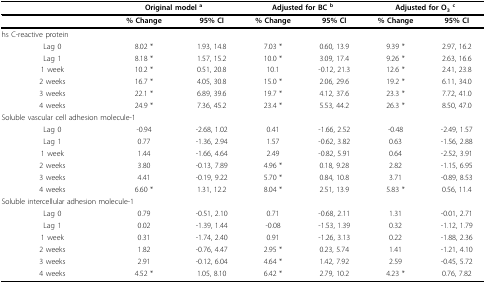
<table><thead><tr><td></td><td colspan="2"><b>Original model <sup>a</sup></b></td><td colspan="2"><b>Adjusted for BC <sup>b</sup></b></td><td colspan="2"><b>Adjusted for O<sub>3 </sub><sup>c</sup></b></td></tr></thead><tbody><tr><td></td><td><b>% Change</b></td><td><b>95% CI</b></td><td><b>% Change</b></td><td><b>95% CI</b></td><td><b>% Change</b></td><td><b>95% CI</b></td></tr><tr><td>hs C-reactive protein</td><td></td><td></td><td></td><td></td><td></td><td></td></tr><tr><td>Lag 0</td><td>8.02 *</td><td>1.93, 14.8</td><td>7.03 *</td><td>0.60, 13.9</td><td>9.39 *</td><td>2.97, 16.2</td></tr><tr><td>Lag 1</td><td>8.18 *</td><td>1.57, 15.2</td><td>10.0 *</td><td>3.09, 17.4</td><td>9.26 *</td><td>2.63, 16.6</td></tr><tr><td>1 week</td><td>10.2 *</td><td>0.51, 20.8</td><td>10.1</td><td>-0.12, 21.3</td><td>12.6 *</td><td>2.41, 23.8</td></tr><tr><td>2 weeks</td><td>16.7 *</td><td>4.05, 30.8</td><td>15.0 *</td><td>2.06, 29.6</td><td>19.2 *</td><td>6.11, 34.0</td></tr><tr><td>3 weeks</td><td>22.1 *</td><td>6.89, 39.6</td><td>19.7 *</td><td>4.12, 37.6</td><td>23.3 *</td><td>7.72, 41.0</td></tr><tr><td>4 weeks</td><td>24.9 *</td><td>7.36, 45.2</td><td>23.4 *</td><td>5.53, 44.2</td><td>26.3 *</td><td>8.50, 47.0</td></tr><tr><td colspan="2">Soluble vascular cell adhesion molecule-1</td><td></td><td></td><td></td><td></td><td></td></tr><tr><td>Lag 0</td><td>-0.94</td><td>-2.68, 1.02</td><td>0.41</td><td>-1.66, 2.52</td><td>-0.48</td><td>-2.49, 1.57</td></tr><tr><td>Lag 1</td><td>0.77</td><td>-1.36, 2.94</td><td>1.57</td><td>-0.62, 3.82</td><td>0.63</td><td>-1.56, 2.88</td></tr><tr><td>1 week</td><td>1.44</td><td>-1.66, 4.64</td><td>2.49</td><td>-0.82, 5.91</td><td>0.64</td><td>-2.52, 3.91</td></tr><tr><td>2 weeks</td><td>3.80</td><td>-0.13, 7.89</td><td>4.96 *</td><td>0.18, 9.28</td><td>2.82</td><td>-1.15, 6.95</td></tr><tr><td>3 weeks</td><td>4.41</td><td>-0.19, 9.22</td><td>5.70 *</td><td>0.84, 10.8</td><td>3.71</td><td>-0.89, 8.53</td></tr><tr><td>4 weeks</td><td>6.60 *</td><td>1.31, 12.2</td><td>8.04 *</td><td>2.51, 13.9</td><td>5.83 *</td><td>0.56, 11.4</td></tr><tr><td colspan="2">Soluble intercellular adhesion molecule-1</td><td></td><td></td><td></td><td></td><td></td></tr><tr><td>Lag 0</td><td>0.79</td><td>-0.51, 2.10</td><td>0.71</td><td>-0.68, 2.11</td><td>1.31</td><td>-0.01, 2.71</td></tr><tr><td>Lag 1</td><td>0.02</td><td>-1.39, 1.44</td><td>-0.08</td><td>-1.53, 1.39</td><td>0.32</td><td>-1.12, 1.79</td></tr><tr><td>1 week</td><td>0.31</td><td>-1.74, 2.40</td><td>0.91</td><td>-1.26, 3.13</td><td>0.22</td><td>-1.88, 2.36</td></tr><tr><td>2 weeks</td><td>1.82</td><td>-0.76, 4.47</td><td>2.95 *</td><td>0.23, 5.74</td><td>1.41</td><td>-1.21, 4.10</td></tr><tr><td>3 weeks</td><td>2.91</td><td>-0.12, 6.04</td><td>4.64 *</td><td>1.42, 7.92</td><td>2.59</td><td>-0.45, 5.72</td></tr><tr><td>4 weeks</td><td>4.52 *</td><td>1.05, 8.10</td><td>6.42 *</td><td>2.79, 10.2</td><td>4.23 *</td><td>0.76, 7.82</td></tr></tbody></table>